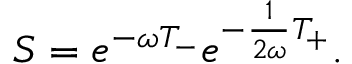
{ \cal S } = e ^ { - \omega { \cal T } _ { - } } e ^ { - \frac { 1 } { 2 \omega } { \cal T } _ { + } } .